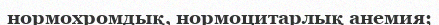
нормохромдық, нормоцитарлық анемия;